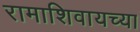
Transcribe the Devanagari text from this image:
रामाशिवायच्या